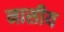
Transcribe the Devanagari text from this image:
नासीय